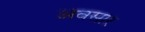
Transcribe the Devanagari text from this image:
अवसार